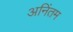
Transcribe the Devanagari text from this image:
अनिंतम